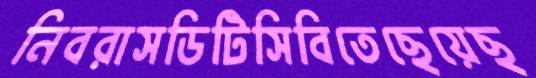
নিবরাসডিটিসিবিতেছেয়েছ